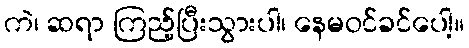
ကဲ၊ ဆရာ ကြည့်ပြီးသွားပါ၊ နေမဝင်ခင်ပေါ့။